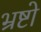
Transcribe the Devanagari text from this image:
भ्रष्टो